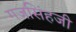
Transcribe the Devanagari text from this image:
गजसिंहजी